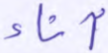
آناء